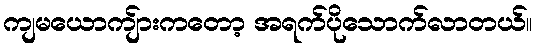
ကျမယောကျ်ားကတော့ အရက်ပိုသောက်လာတယ်။